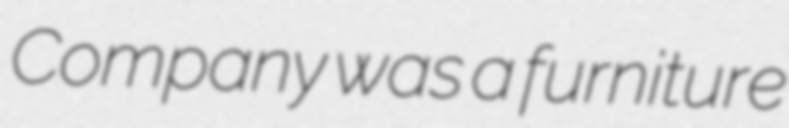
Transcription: Company was a furniture